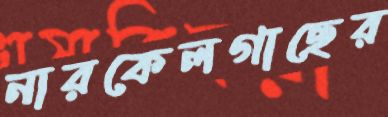
নারকেলগাছের